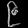
Digit: ၉